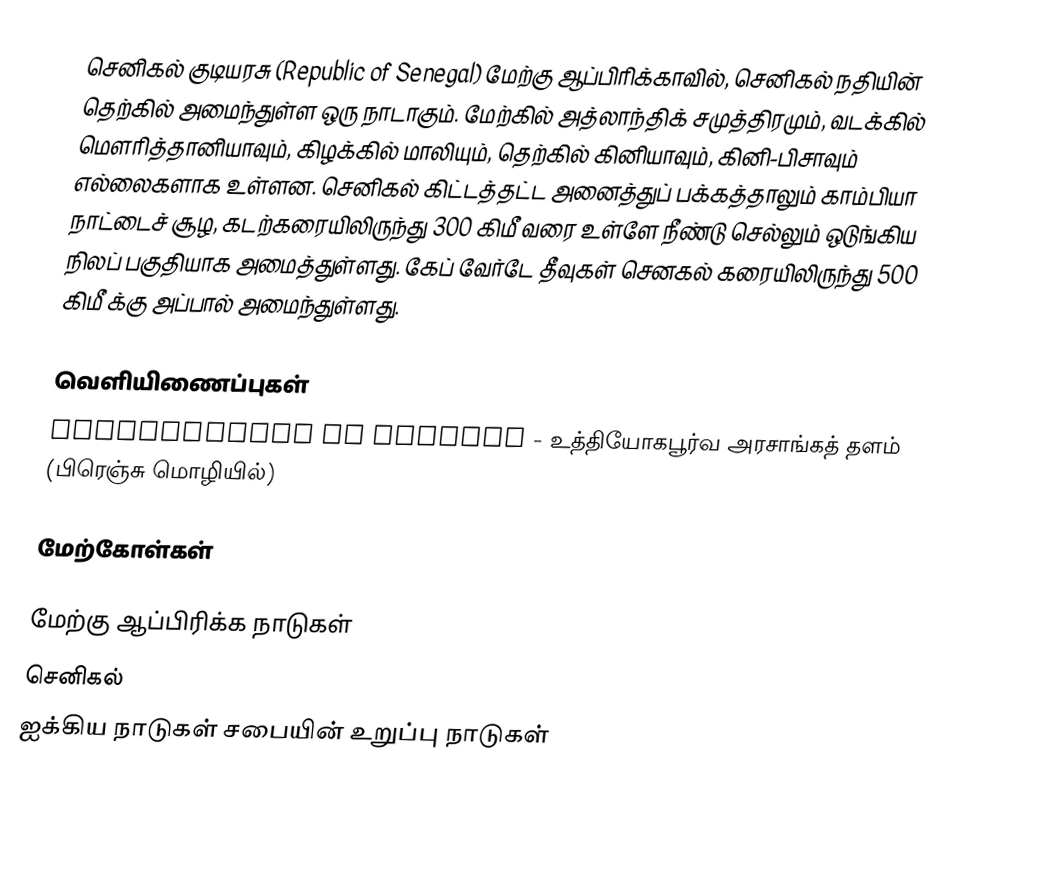
செனிகல் குடியரசு (Republic of Senegal) மேற்கு ஆப்பிரிக்காவில், செனிகல் நதியின் தெற்கில் அமைந்துள்ள ஒரு நாடாகும். மேற்கில் அத்லாந்திக் சமுத்திரமும், வடக்கில் மௌரித்தானியாவும், கிழக்கில் மாலியும், தெற்கில் கினியாவும், கினி-பிசாவும் எல்லைகளாக உள்ளன. செனிகல் கிட்டத்தட்ட அனைத்துப் பக்கத்தாலும் காம்பியா நாட்டைச் சூழ, கடற்கரையிலிருந்து 300 கிமீ வரை உள்ளே நீண்டு செல்லும் ஒடுங்கிய நிலப் பகுதியாக  அமைத்துள்ளது. கேப் வேர்டே தீவுகள் செனகல் கரையிலிருந்து 500 கிமீ க்கு அப்பால் அமைந்துள்ளது.

வெளியிணைப்புகள்
 Gouvernement du Sénégal - உத்தியோகபூர்வ அரசாங்கத் தளம்  (பிரெஞ்சு மொழியில்)

மேற்கோள்கள்

மேற்கு ஆப்பிரிக்க நாடுகள்
செனிகல்
ஐக்கிய நாடுகள் சபையின் உறுப்பு நாடுகள்